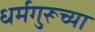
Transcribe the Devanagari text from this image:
धर्मगुरूच्या